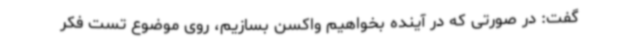
گفت: در صورتی که در آینده بخواهیم واکسن بسازیم، روی موضوع تست فکر